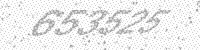
Solution: 653525